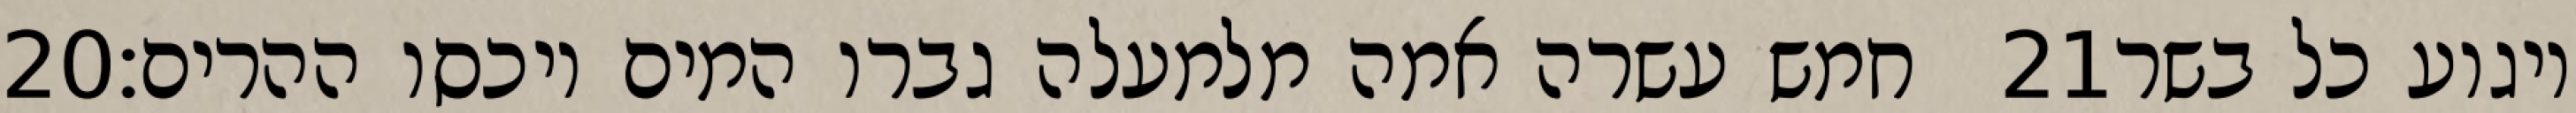
‎20‏ חמש עשרה אמה מלמעלה גברו המים ויכסו ההרים׃ ‎21‏ ויגוע כל בשר